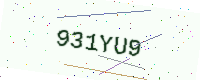
Text: 931YU9